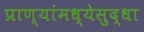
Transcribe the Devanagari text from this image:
प्राण्यांमध्येसुद्धा